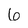
Character: 6